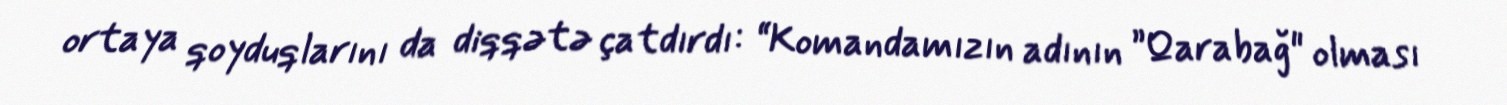
ortaya qoyduqlarını da diqqətə çatdırdı: “Komandamızın adının ”Qarabağ" olması